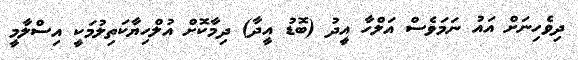
ދިވެހިނަށް އައު ނަމަވެސް އަލްހާ އީދު (ބޮޑު އީދާ) ދިމާކޮށް އުލްހިޔާކަތިލުމަކީ އިސްލާމީ